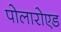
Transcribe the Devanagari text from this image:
पोलारोएड